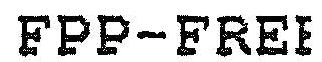
FPP-FREE